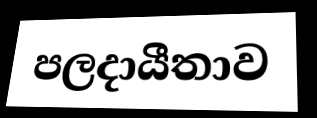
පලදායීතාව